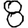
Digit: 8